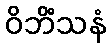
ဝိဘိံသနံ